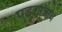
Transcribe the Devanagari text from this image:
पडद्यालाच